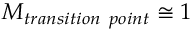
M _ { t r a n s i t i o n \ p o i n t } \cong 1